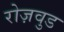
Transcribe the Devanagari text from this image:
रोज़वुड